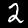
Label: 2